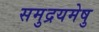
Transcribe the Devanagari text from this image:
समुद्रयमेषु